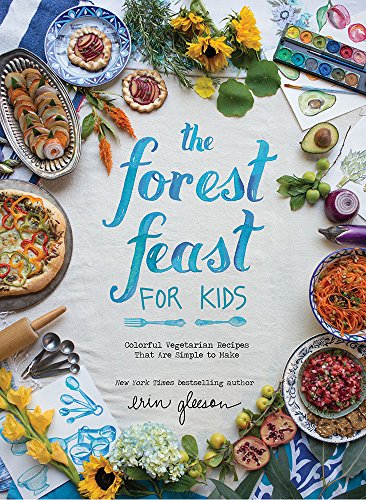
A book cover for The Forest Feast for Kids: Colorful Vegetarian Recipes That Are Simple to Make; Erin Gleeson; Cookbooks, Food & Wine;